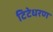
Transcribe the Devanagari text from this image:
टिटेधरण